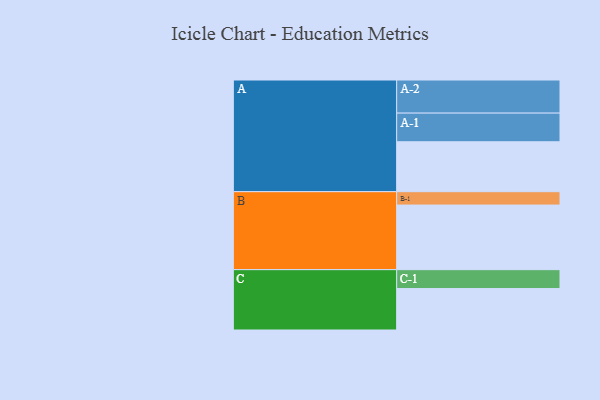
{"axis": {"x": "Segment", "y": "Value"}, "legend": ["", "A", "B", "C"], "data": [{"x": "A", "y": 425, "type": ""}, {"x": "B", "y": 550, "type": ""}, {"x": "C", "y": 353, "type": ""}, {"x": "A-1", "y": 244, "type": "A"}, {"x": "A-2", "y": 282, "type": "A"}, {"x": "B-1", "y": 114, "type": "B"}, {"x": "C-1", "y": 161, "type": "C"}]}